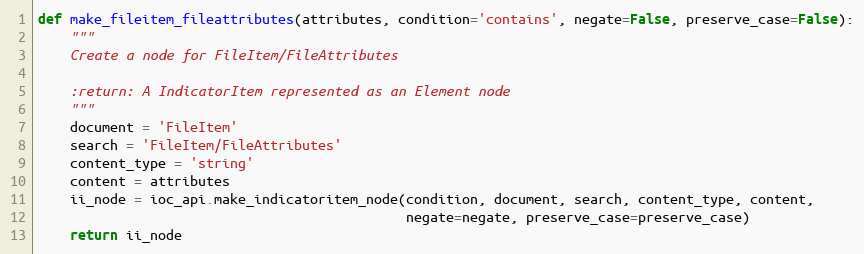
Language: Python
def make_fileitem_fileattributes(attributes, condition='contains', negate=False, preserve_case=False):
    """
    Create a node for FileItem/FileAttributes

    :return: A IndicatorItem represented as an Element node
    """
    document = 'FileItem'
    search = 'FileItem/FileAttributes'
    content_type = 'string'
    content = attributes
    ii_node = ioc_api.make_indicatoritem_node(condition, document, search, content_type, content,
                                              negate=negate, preserve_case=preserve_case)
    return ii_node